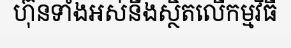
ហ៊ុនទាំងអស់នឹងស្ថិតលើកម្មវិធី